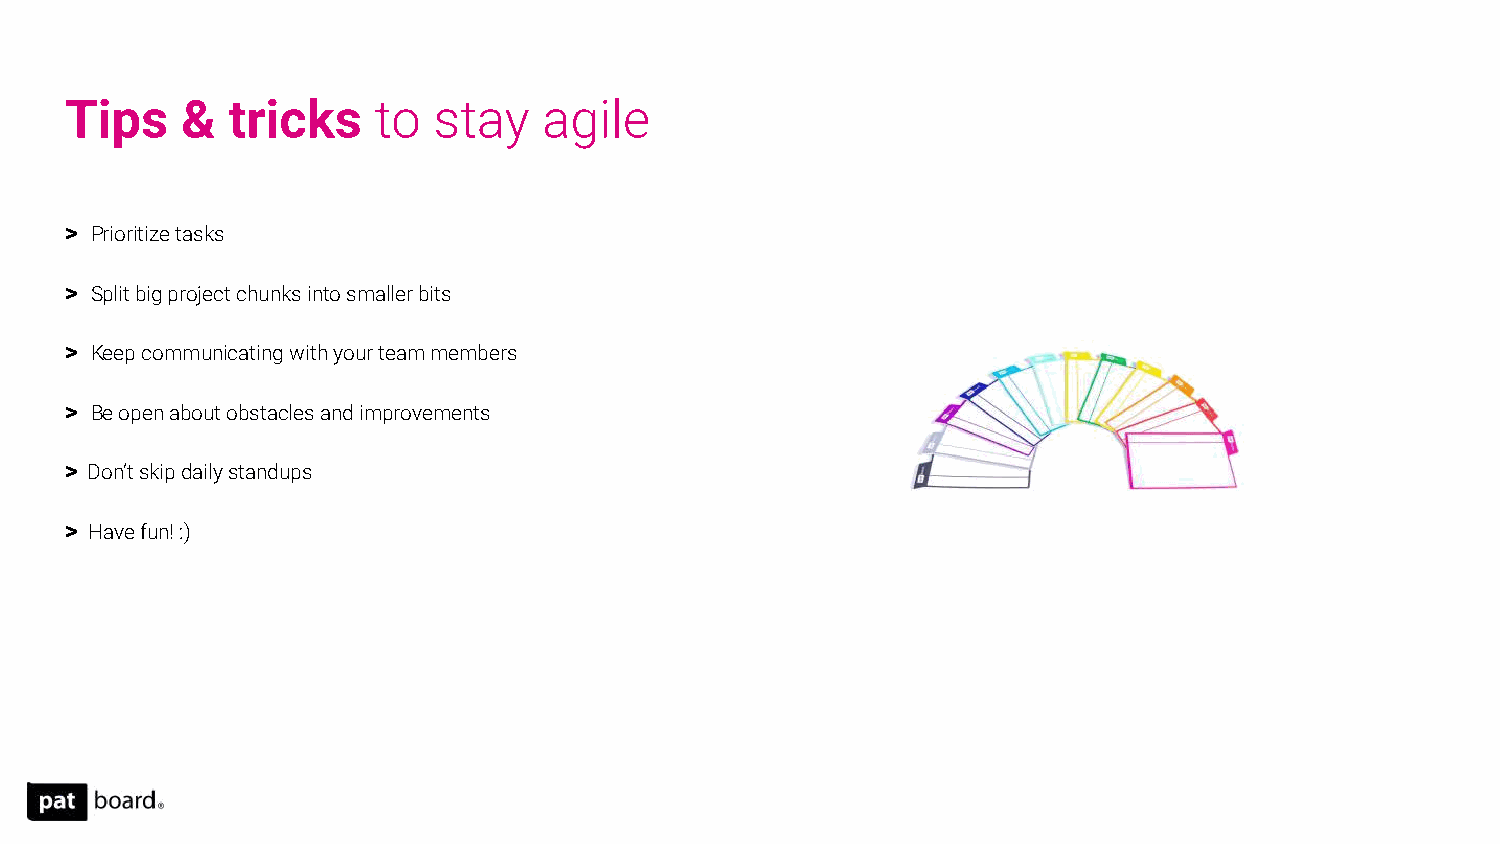
Tips    &  tricks    to  stay   agile
 > Prioritize tasks
 > Split big project chunks into smaller bits
 > Keep communicating with your team members
 > Be open about obstacles and improvements
 > Don’t skip daily standups
 > Have fun! :)